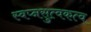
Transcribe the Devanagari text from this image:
स्वप्नसुत्वकत्व